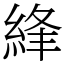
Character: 綘